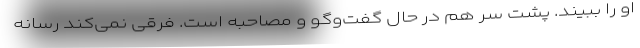
او را ببیند. پشت سر هم در حال گفت‌وگو و مصاحبه است. فرقی نمی‌کند رسانه